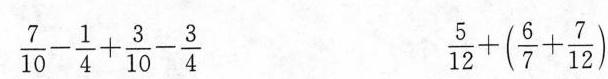
\frac{7}{10}-\frac{1}{4}+\frac{3}{10}-\frac{3}{4} \frac{5}{12}+(\frac{6}{7}+\frac{7}{12})